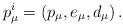
LaTeX: \begin{align*}p_\mu ^i=\left( p_\mu ,e_\mu ,d_\mu \right) . \end{align*}